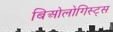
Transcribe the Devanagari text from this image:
बिओलोगिस्ट्स